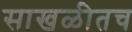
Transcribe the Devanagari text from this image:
साखळीतच